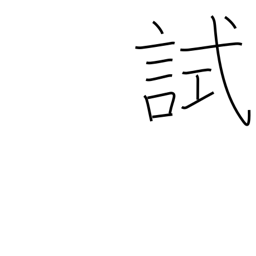
Meaning: test